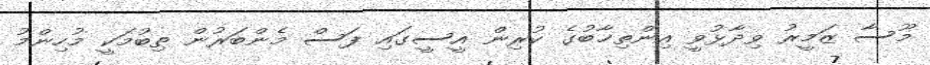
މޫސާ ޒަމީރު ވިދާޅުވީ އިންތިޚާބުގެ ކުރިން އީސީގައި ފަސް މެންބަރުން ތިބުމަކީ މުހިންމު